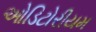
ઓડિટોરીયમ